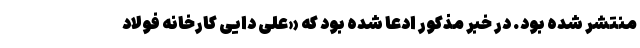
منتشر شده بود. در خبر مذکور ادعا شده بود که «علی دایی کارخانه فولاد